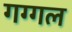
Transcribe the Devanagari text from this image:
गग्‍गल